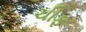
ચીફ